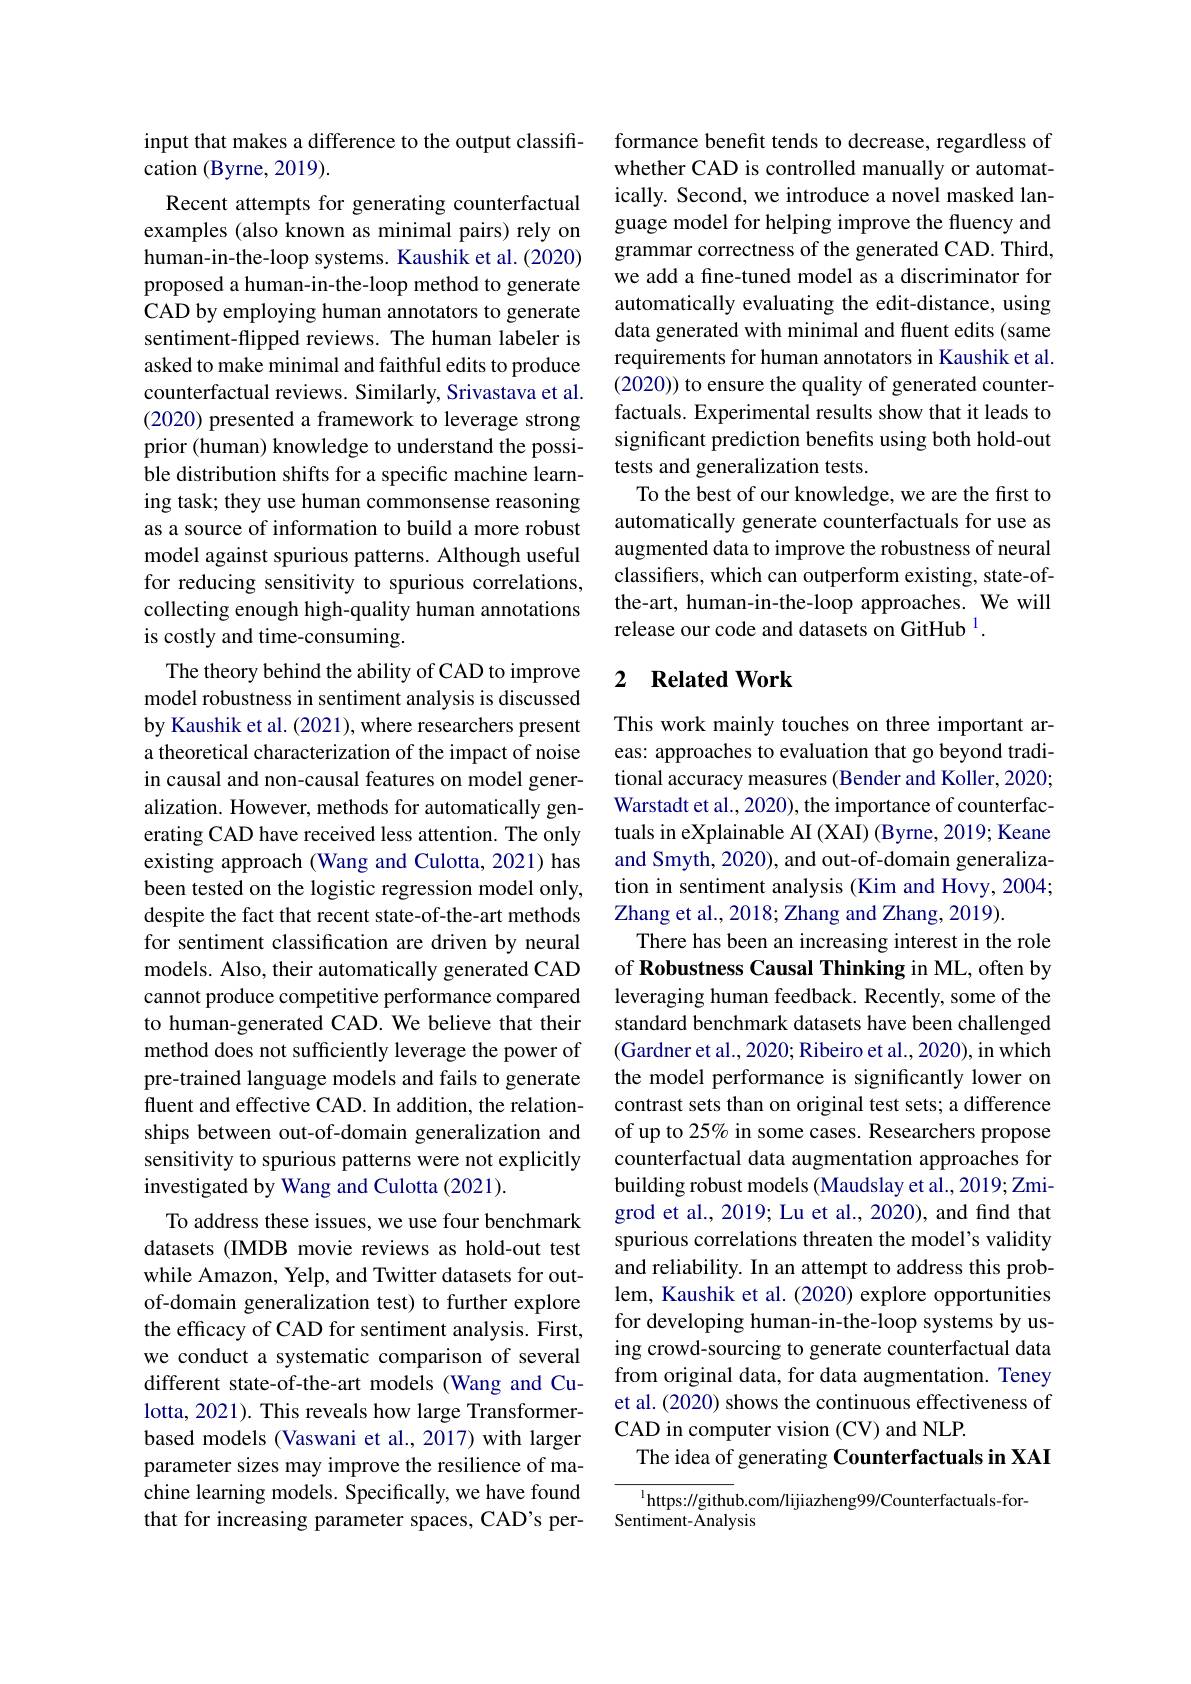
input that makes a difference to the output classifi-
cation (Byrne, 2019).

Recent attempts for generating counterfactual examples (also known as minimal pairs) rely on human-in-the-loop systems. Kaushik et al. (2020) proposed a human-in-the-loop method to generate CAD by employing human annotators to generate sentiment-flipped reviews. The human labeler is asked to make minimal and faithful edits to produce counterfactual reviews. Similarly, Srivastava et al. (2020) presented a framework to leverage strong prior (human) knowledge to understand the possible distribution shifts for a specific machine learning task; they use human commonsense reasoning as a source of information to build a more robust model against spurious patterns. Although useful for reducing sensitivity to spurious correlations, collecting enough high-quality human annotations is costly and time-consuming.
The theory behind the ability of CAD to improve model robustness in sentiment analysis is discussed by Kaushik et al. (2021), where researchers present a theoretical characterization of the impact of noise in causal and non-causal features on model generalization. However, methods for automatically generating CAD have received less attention. The only existing approach (Wang and Culotta, 2021) has been tested on the logistic regression model only, despite the fact that recent state-of-the-art methods for sentiment classification are driven by neural models. Also, their automatically generated CAD cannot produce competitive performance compared to human-generated CAD. We believe that their method does not sufficiently leverage the power of pre-trained language models and fails to generate fluent and effective CAD. In addition, the relationships between out-of-domain generalization and sensitivity to spurious patterns were not explicitly investigated by Wang and Culotta (2021).
To address these issues, we use four benchmark datasets (IMDB movie reviews as hold-out test while Amazon, Yelp, and Twitter datasets for outof-domain generalization test) to further explore the efficacy of CAD for sentiment analysis. First, we conduct a systematic comparison of several different state-of-the-art models (Wang and Culotta, 2021). This reveals how large Transformerbased models (Vaswani et al., 2017) with larger parameter sizes may improve the resilience of machine learning models. Specifically, we have found that for increasing parameter spaces, CAD's per-

formance benefit tends to decrease, regardless of whether CAD is controlled manually or automatically. Second, we introduce a novel masked language model for helping improve the fluency and grammar correctness of the generated CAD. Third, we add a fine-tuned model as a discriminator for automatically evaluating the edit-distance, using data generated with minimal and fluent edits (same requirements for human annotators in Kaushik et al. (2020)) to ensure the quality of generated counterfactuals. Experimental results show that it leads to significant prediction benefits using both hold-out tests and generalization tests.
To the best of our knowledge, we are the first to automatically generate counterfactuals for use as augmented data to improve the robustness of neural classifers, which can outperform existing, state-ofthe-art, human-in-the-loop approaches. We will release our code and datasets on GitHub $^{1}.$

### 2 $\textbf{Related Work}$

This work mainly touches on three important areas: approaches to evaluation that go beyond traditional accuracy measures (Bender and Koller, 2020; Warstadt et al., 2020), the importance of counterfactuals in eXplainable AI (XAI) (Byrne, 2019; Keane and Smyth, 2020), and out-of-domain generalization in sentiment analysis (Kim and Hovy, 2004; Zhang et al., 2018; Zhang and Zhang, 2019).
There has been an increasing interest in the role of Robustness Causal Thinking in ML, often by leveraging human feedback. Recently, some of the standard benchmark datasets have been challenged (Gardner et al., 2020; Ribeiro et al., 2020), in which the model performance is significantly lower on contrast sets than on original test sets; a difference of up to 25% in some cases. Researchers propose counterfactual data augmentation approaches for building robust models (Maudslay et al., 2019; Zmigrod et al., 2019; Lu et al., 2020), and find that spurious correlations threaten the model's validity and reliability. In an attempt to address this problem, Kaushik et al. (2020) explore opportunities for developing human-in-the-loop systems by using crowd-sourcing to generate counterfactual data from original data, for data augmentation. Teney et al. (2020) shows the continuous effectiveness of CAD in computer vision (CV) and NLP.
The idea of generating Counterfactuals in XAI

$^{1}$https://github.com/lijiazheng99/Counterfactuals-for-
Sentiment-Analysis